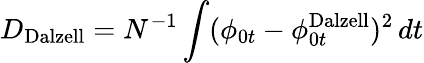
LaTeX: D_{\mathrm{{Dalzell}}}=N^{-1}\int(\phi_{0t}-\phi_{0t}^{\mathrm{{Dalzell}}})^{2}\, dt